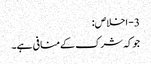
3- اخلاص:
جوکہ شرک کےمنافی ہے۔